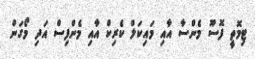
ޓިމޮތީ ފޮސޫ މެންސާ އާއި މައިކަލް ކެރިކް އާއި މެންފިސް އަދި މޯގަން